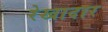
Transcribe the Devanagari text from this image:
रेखादार